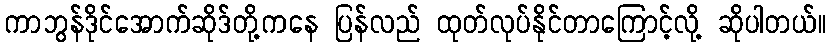
ကာဘွန်ဒိုင်အောက်ဆိုဒ်တို့ကနေ ပြန်လည် ထုတ်လုပ်နိုင်တာကြောင့်လို့ ဆိုပါတယ်။